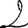
Digit: 2